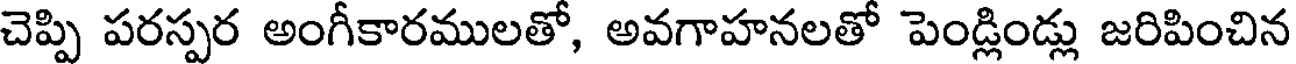
చెప్పి పరస్పర అంగీకారములతో, అవగాహనలతో పెండ్లిండ్లు జరిపించిన